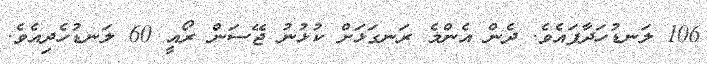
106 ލަނޑުހަދާފައެވެ. ދެން އެންމެ ރަނގަޅަށް ކުޅުނު ޖޭސަން ރޯއީ 60 ލަނޑުހެދިއެވެ.